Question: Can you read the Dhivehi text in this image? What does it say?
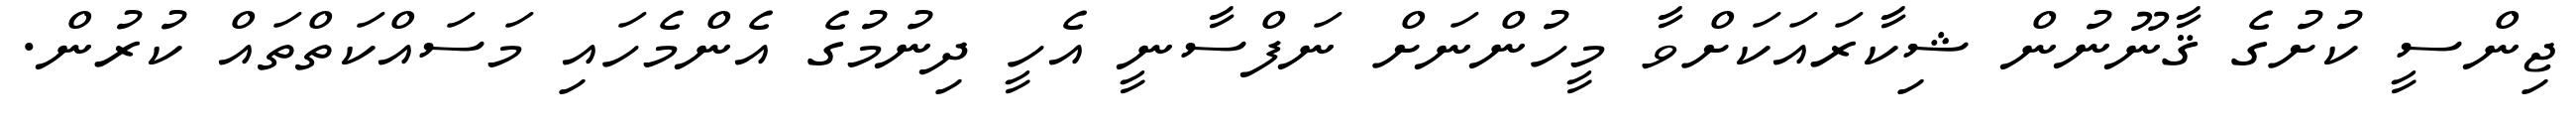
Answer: ޖިންސީ ކުށުގެ ޤާނޫނުން ޝިކާރައަކަށްވާ މީހުންނަށް ނަފްސާނީ އެހީ ދިނުމުގެ އެންމެހައި މަސައްކަތްތައް ކުރުން.